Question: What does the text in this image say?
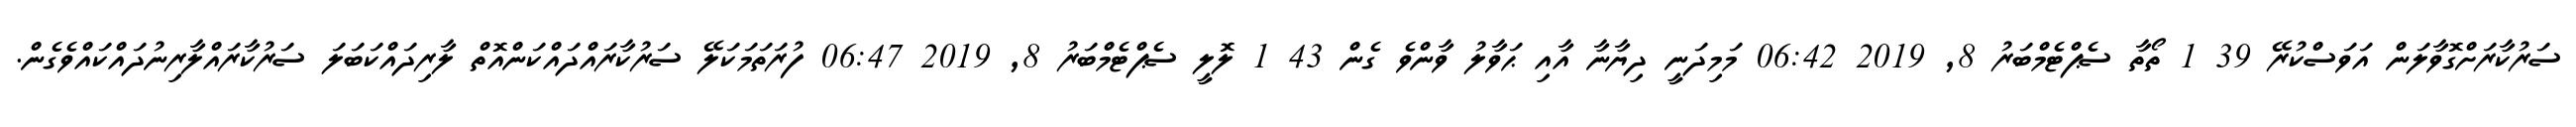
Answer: ސަރުކާރަށްގޮވާލަން އަވަސްކުރޭ 39 1 ތޯތާ ސެޕްޓެމްބަރު 8, 2019 06:42 މަމިދަނީ ދިޔާނާ އާއި ޙަވާލު ވާންވެ ގެން 43 1 ލޮލީ ސެޕްޓެމްބަރު 8, 2019 06:47 ފުރަތަމަކަލޭ ސަރުކާރައްދައްކަންއޮތް ލާރިދައްކަބަލަ ސަރުކާރައްލާރިނުދައްކައްވެގެން.